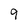
Character: 9